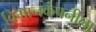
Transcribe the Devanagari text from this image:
विमानकंपनीला